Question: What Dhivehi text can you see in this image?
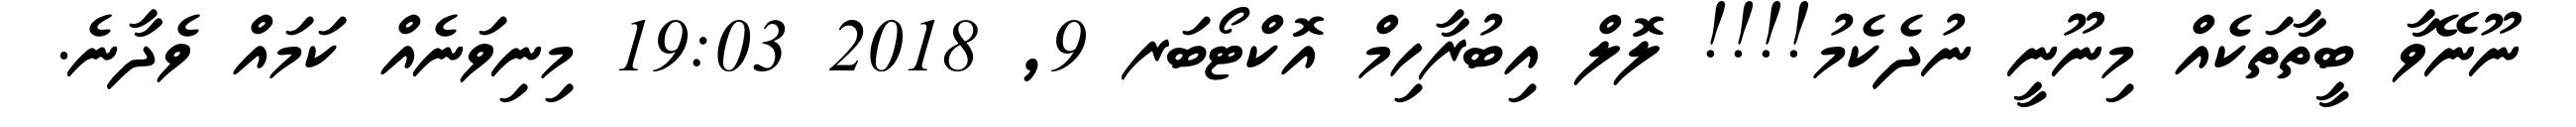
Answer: ނޫނޭވާ ބީތާތަކެއް މިނޫނީ ނުދެކެމު!!!! ލޮލް އިބުރާހިމް އޮކްޓޯބަރ 9, 2018 19:03 މިނިވަނެއް ކަމައް ވެދާނެ.